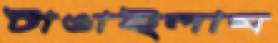
টাঙাইলাম